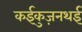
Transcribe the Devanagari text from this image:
कईकुज़नथई